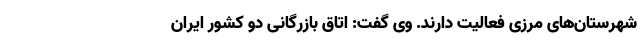
شهرستان‌های مرزی فعالیت دارند. وی گفت: اتاق بازرگانی دو کشور ایران